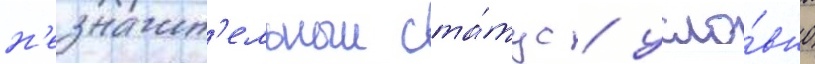
н'езначит'ельныи ста́тус / усло́вно